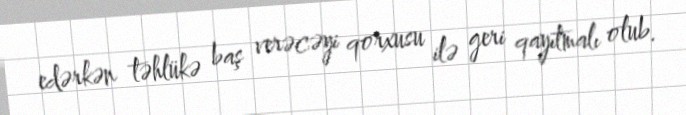
edərkən təhlükə baş verəcəyi qorxusu ilə geri qayıtmalı olub.